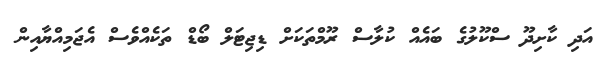
އަދި ކާށިދޫ ސްކޫލުގެ ބައެއް ކުލާސް ރޫމްތަކަށް ޑިޖިޓަލް ބޯޑް ތަކެއްވެސް އެޖަމިއްޔާއިން